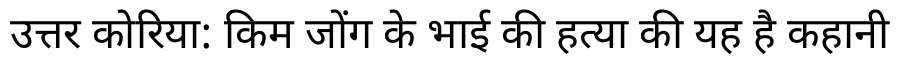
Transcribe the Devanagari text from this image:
उत्तर कोरिया: किम जोंग के भाई की हत्या की यह है कहानी